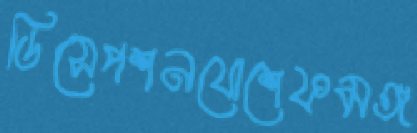
ডিসেপশনযোশেফমঙ্গ